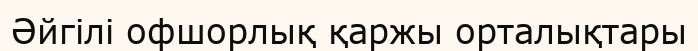
Әйгілі офшорлық қаржы орталықтары